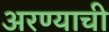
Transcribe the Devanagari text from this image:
अरण्याची